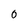
Character: 0